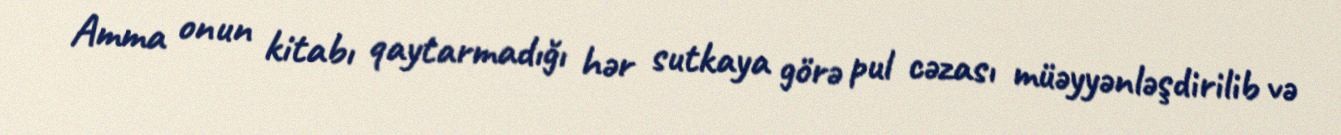
Amma onun kitabı qaytarmadığı hər sutkaya görə pul cəzası müəyyənləşdirilib və